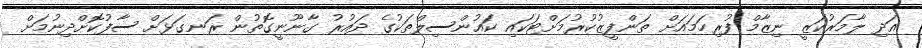
އަދި ލާމަރުކަޒީ ނިޒާމް ފުރިހަމައަށް ތަންފީޒުކުރުމަށްޓަކައި ކައުންސިލްތަކުގެ ދައުރު ގާނޫނީގޮތުން ރަނގަޅަށް ސާފުކޮށްދިނުމަށް